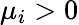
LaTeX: \mu_{i}>0